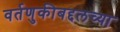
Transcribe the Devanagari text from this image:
वर्तणुकीबद्दलच्या